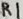
Text: R1